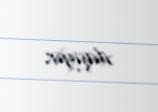
daşıyır.